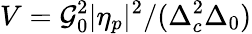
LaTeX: V=\mathcal{G}_{0}^{2}|\eta_{p}|^{2}/(\Delta_{c}^{2}\Delta_{0})